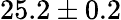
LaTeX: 25.2\pm 0.2